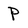
Character: P